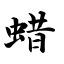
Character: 蜡